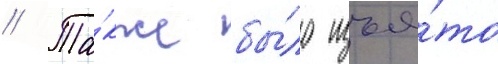
// Та́кже бы́ло изъя́то